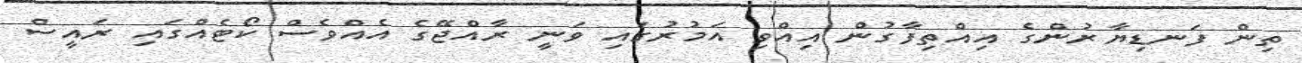
ތިން ފަނޑިޔާރުންގެ އިއްތިފާގުން އިއްވި އަމުރުގައި ވަނީ ރާއްޖޭގެ އެއްވެސް ކޯޓެއްގައި ރައީސް